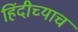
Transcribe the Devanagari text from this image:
हिंदीच्याच